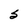
Character: S